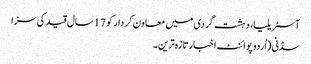
آسٹریلیا، دہشت گردی میں معاون کردار کو 17سال قید کی سزا
سڈنی(اُردو پوائنٹ اخبارتازہ ترین۔